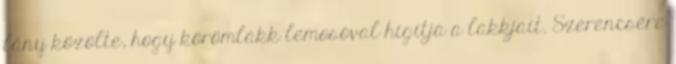
lány közölte, hogy körömlakk lemosóval hígítja a lakkjait. Szerencsére